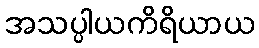
အသပ္ပါယကိရိယာယ